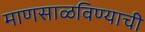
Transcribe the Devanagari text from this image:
माणसाळविण्याची